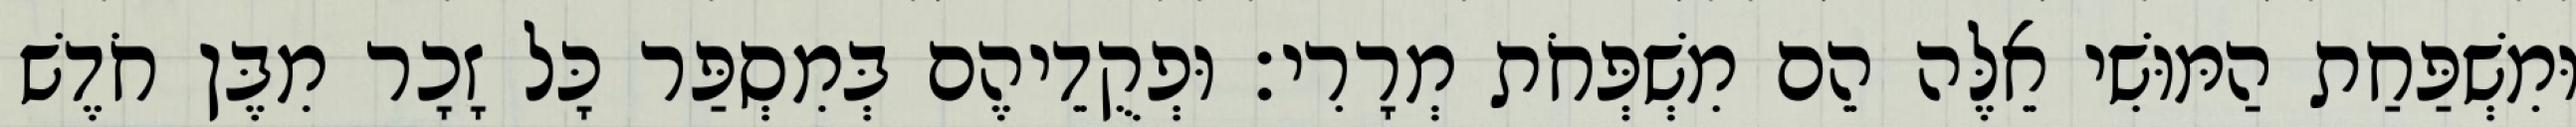
וּמִשְׁפַּחַת הַמּוּשִׁי אֵלֶּה הֵם מִשְׁפְּחֹת מְרָרִי׃ וּפְקֻדֵיהֶם בְּמִסְפַּר כָּל זָכָר מִבֶּן חֹדֶשׁ